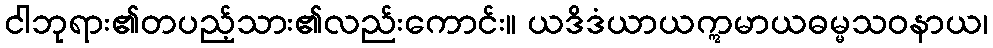
ငါဘုရား၏တပည့်သား၏လည်းကောင်း။ ယဒိဒံယာယဣမာယဓမ္မသဝနာယ၊